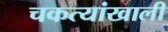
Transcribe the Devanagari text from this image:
चकत्यांखाली